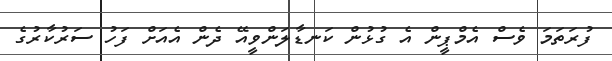
ފުރަތަމަ ވެސް އެމްޕީން އެ ގުޅުން ކަނޑާލަންވީއޭ ދެން އެއަށް ފަހު ސަރުކާރުގެ